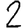
Digit: 2